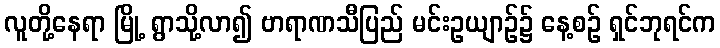
လူတို့နေရာ မြို့ ရွာသို့လာ၍ ဗာရာဏသီပြည် မင်းဥယျာဉ်၌ နေ့စဉ် ရှင်ဘုရင်က